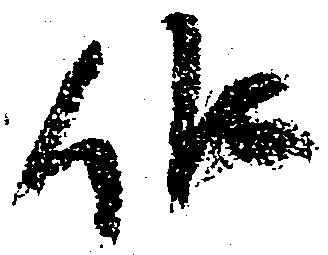
候